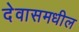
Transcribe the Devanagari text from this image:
देवासमधील